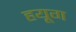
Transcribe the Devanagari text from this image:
हयूग